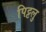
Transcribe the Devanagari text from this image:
पिट्टलु